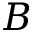
B